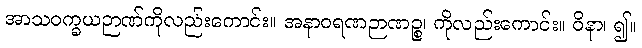
အာသဝက္ခယဉာဏ်ကိုလည်းကောင်း။ အနာဝရဏဉာဏဉ္စ၊ ကိုလည်းကောင်း။ ဝိနာ၊ ၍။